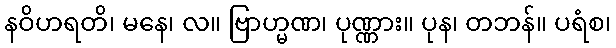
နဝိဟရတိ၊ မနေ၊ လ။ ဗြာဟ္မဏ၊ ပုဏ္ဏား။ ပုန၊ တဘန်။ ပရံစ၊